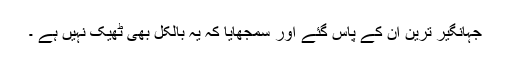
جہانگیر ترین ان کے پاس گئے اور سمجھایا کہ یہ بالکل بھی ٹھیک نہیں ہے ۔